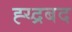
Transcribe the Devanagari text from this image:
ह्य्द्रबद